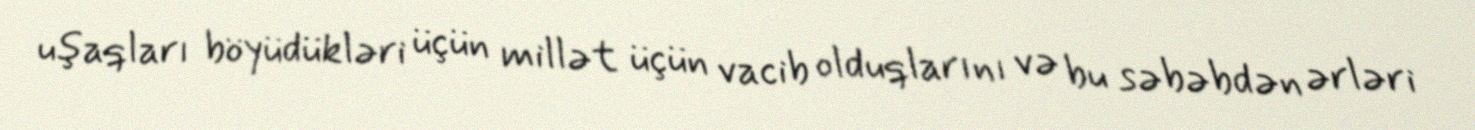
uşaqları böyüdükləri üçün millət üçün vacib olduqlarını və bu səbəbdən ərləri